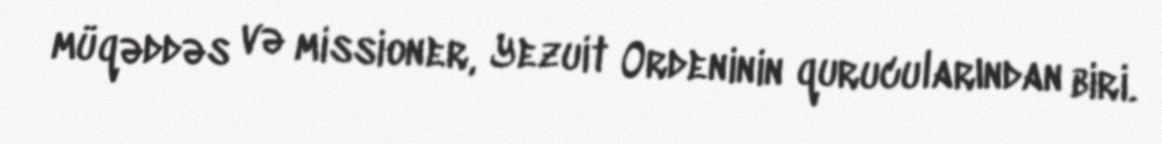
müqəddəs və missioner, Yezuit Ordeninin qurucularından biri.